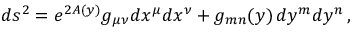
d s ^ { 2 } = e ^ { 2 A ( y ) } g _ { \mu \nu } d x ^ { \mu } d x ^ { \nu } + g _ { m n } ( y ) \, d y ^ { m } d y ^ { n } \, ,